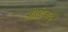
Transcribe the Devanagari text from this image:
औरंगाबाद्